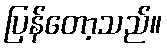
ပြန်တော့သည်။